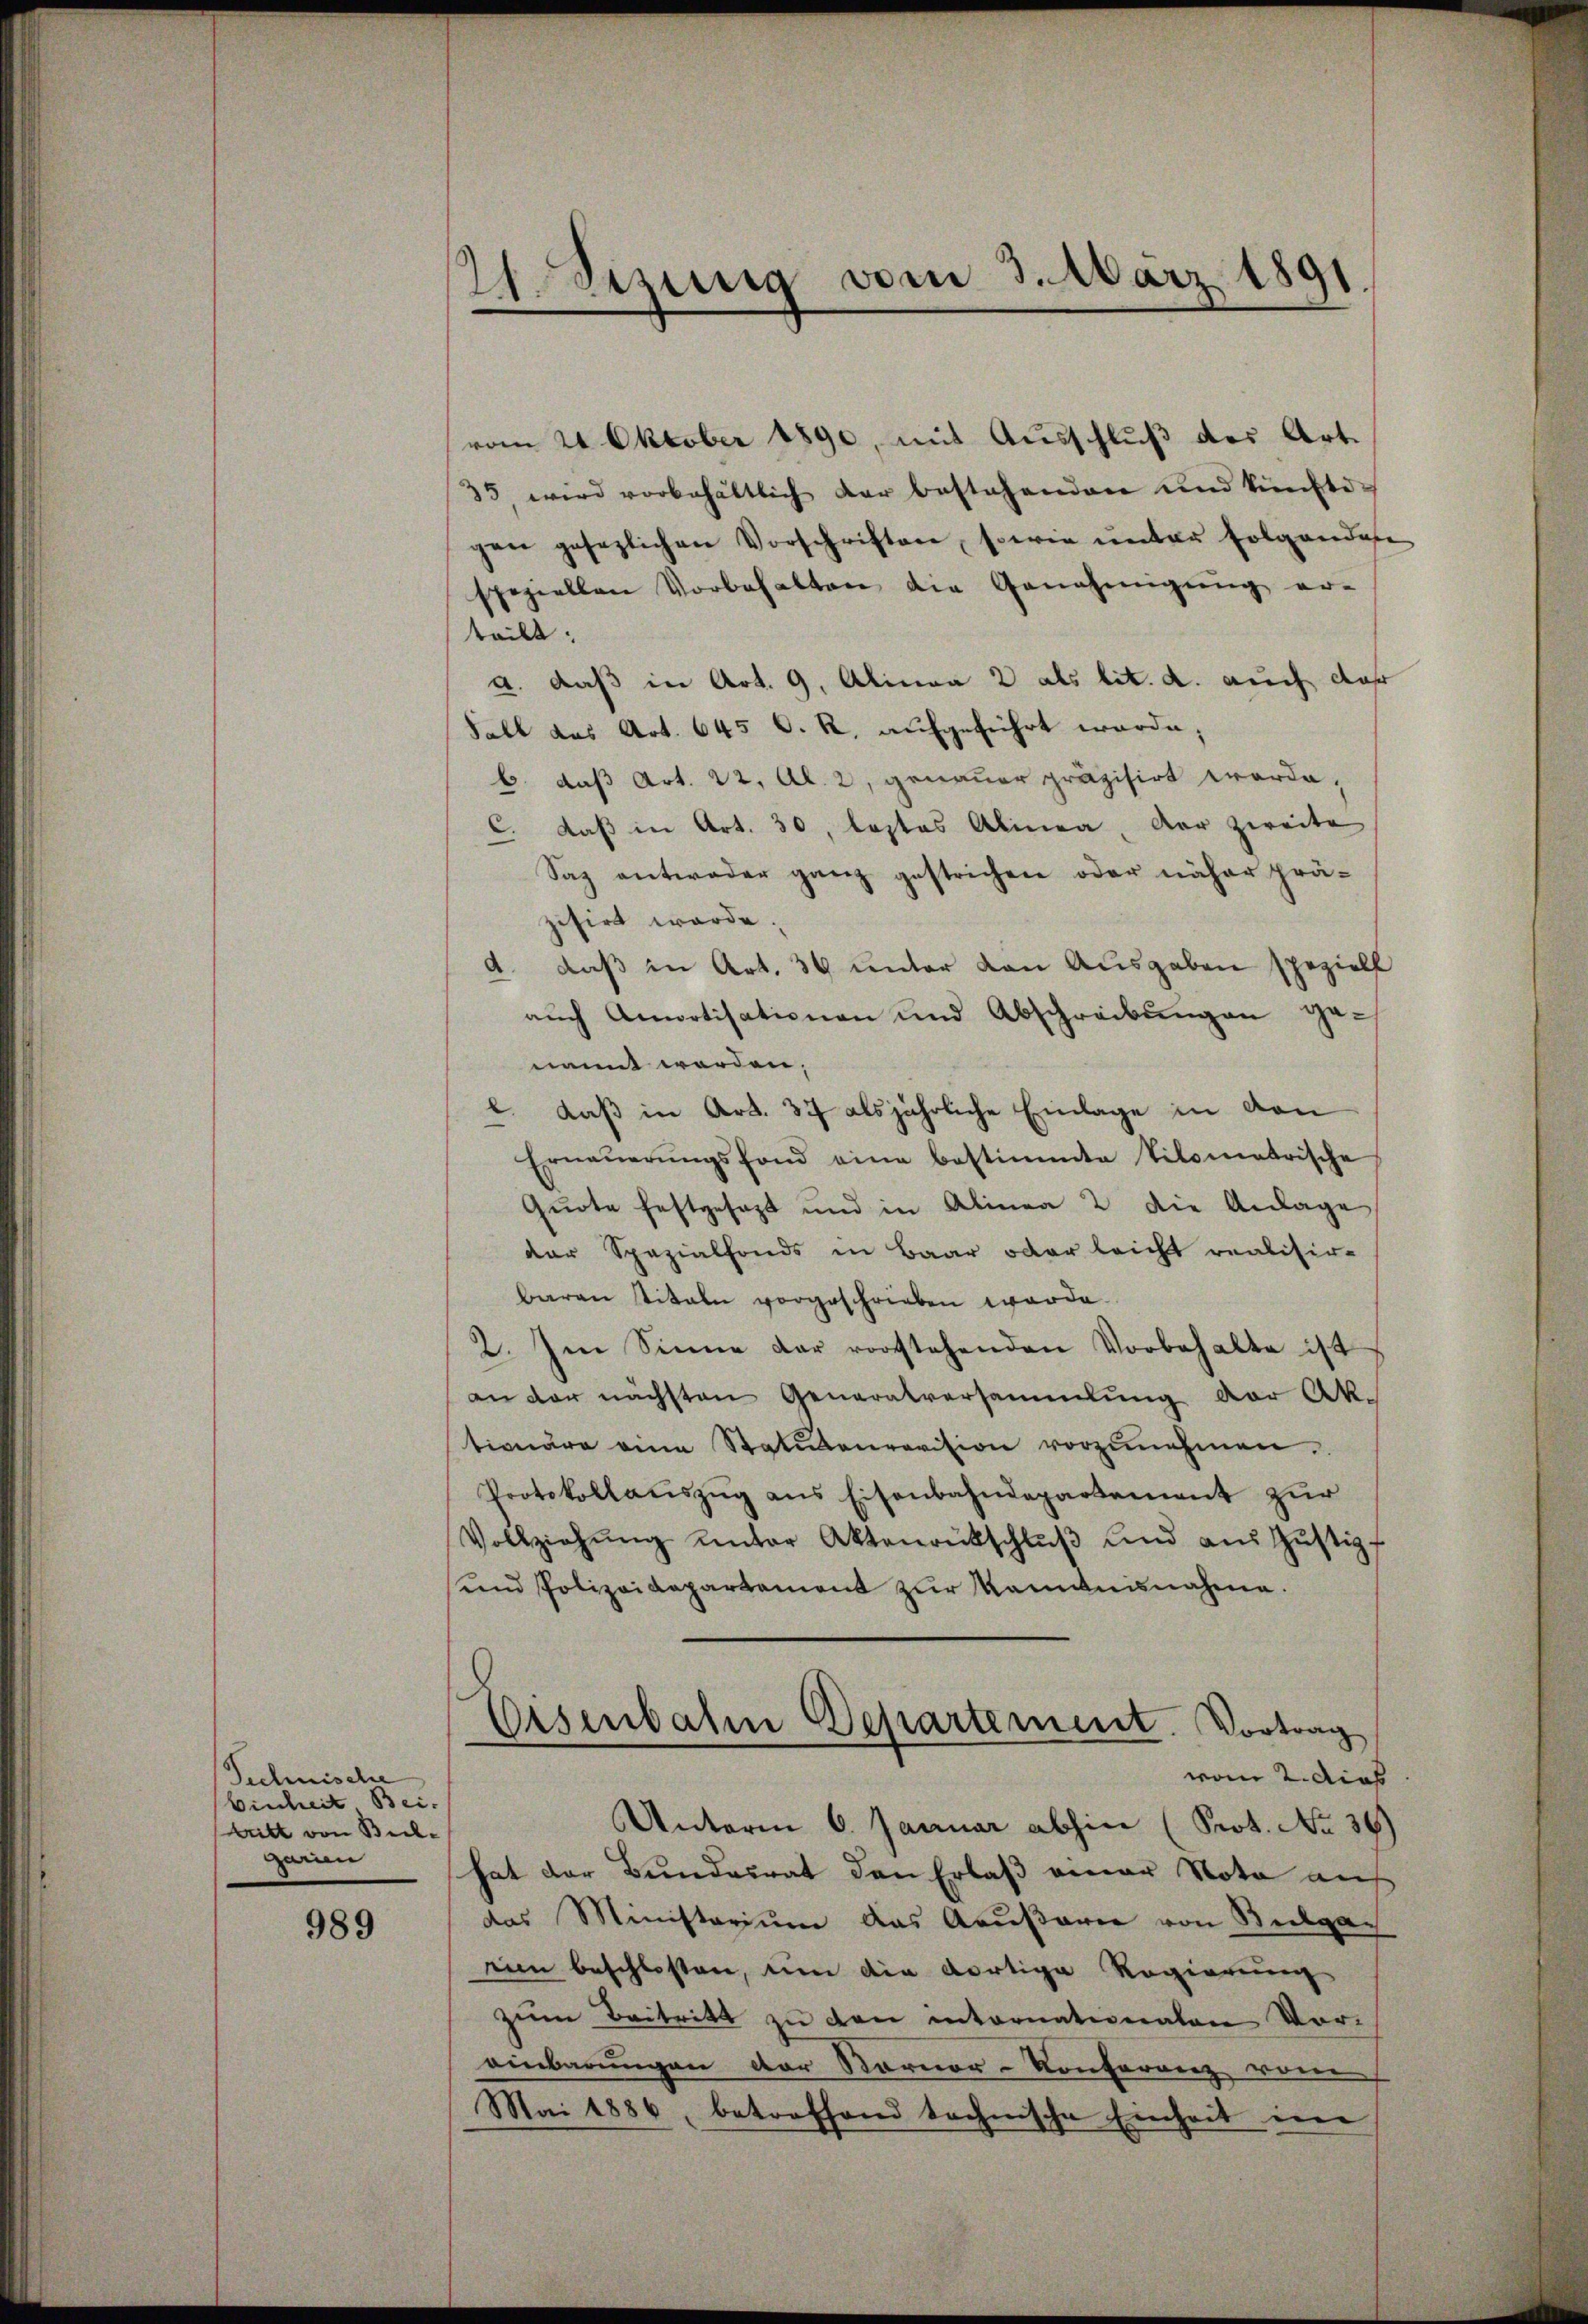
Technische
Einheit Bei-
Britt von Bil-
garien

989

21. Sezung vom 3. März 1891

vom 24. Oktober 1890, mit Ausschluß des Art.
35 wird vorbehältlich der bestehenden und künfti-
gen gesezlichen Vorschriften, sowie unter folgendase
speziellen Vorbehalten die Genehmigŭng er-
teilt.
a. daß in Art. 9. Alinea 2 als lit. a. auch dah
Fall das Art. 645 C. R. aufgeführt werde;
b. daß Art. 22, Al. 2, genauer präzisirt werde,
C. daß in Art. 30, loptas Alinea, der zweite
Saz antweder ganz gestrichen oder näher präzisirt werde.
a. daß in Art. 36 unter den Ausgaben speziell
aŭch Anpotisationen und Abschreibŭngen ge-
nannt werden,
Kaß in Art. 37 als jährliche Einlage in von
2
Erneŭerŭngsfond eine bestimmte Vilometrische
Quote festgesezt und in Alinea 2 die Anlage
der Spezialfonds in Baar oder leicht realisir-
baron titeln vorgeschrieben worde.
2. Im Sinne der vorstehenden Vorbehalte ist
an der nächsten Generalversammlung der Ak-
tionäre eine Statutenrevision vorzŭnehmen.
Protokollauszug aus Eisenbahndepartement zur
Vollziehŭng unter Aktenrückschlŭβ und aŭs Gŭstizf
em Polizeidepartement zŭr Kenntnisnahme.
Eisenbahn Departement. Vortrag
vom 2. dies
Unterm 6. Januar abhin (Prot. No 36)
hat der Bundesrat den Erlaß einer Nota auf
das Ministerium das Aeußarie von Seelgaein beschlossen, um die dortige Regierung
zum Beitritt zu den intornationalen Vor-
einbarungen der Karner-Konferenz vom
Mai 1886, betroffend technische Einheit in